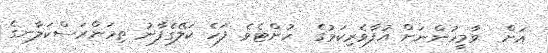
އަށް  ވާމީހުންނަށް އުފާވެރިކަމުގެ  ހުށްޓެވެ. ފަހެ ކަލޭގެފާނު ތިމަންރަސްކަލާނގެ